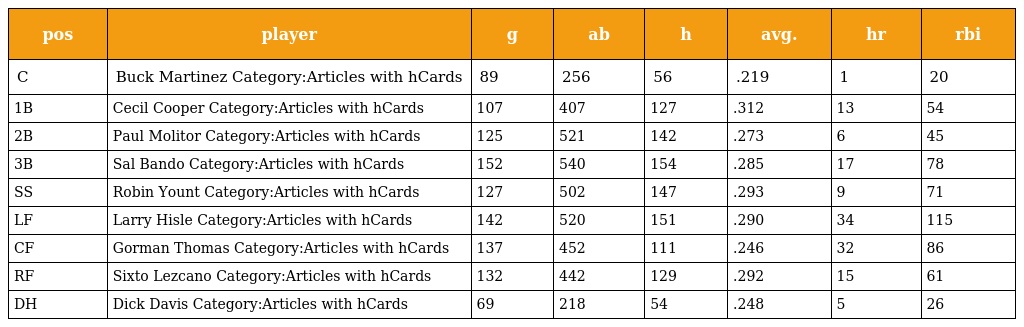
| pos | player | g | ab | h | avg. | hr | rbi |
 | --- | --- | --- | --- | --- | --- | --- | --- |
 | C | Buck Martinez Category:Articles with hCards | 89 | 256 | 56 | .219 | 1 | 20 |
 | 1B | Cecil Cooper Category:Articles with hCards | 107 | 407 | 127 | .312 | 13 | 54 |
 | 2B | Paul Molitor Category:Articles with hCards | 125 | 521 | 142 | .273 | 6 | 45 |
 | 3B | Sal Bando Category:Articles with hCards | 152 | 540 | 154 | .285 | 17 | 78 |
 | SS | Robin Yount Category:Articles with hCards | 127 | 502 | 147 | .293 | 9 | 71 |
 | LF | Larry Hisle Category:Articles with hCards | 142 | 520 | 151 | .290 | 34 | 115 |
 | CF | Gorman Thomas Category:Articles with hCards | 137 | 452 | 111 | .246 | 32 | 86 |
 | RF | Sixto Lezcano Category:Articles with hCards | 132 | 442 | 129 | .292 | 15 | 61 |
 | DH | Dick Davis Category:Articles with hCards | 69 | 218 | 54 | .248 | 5 | 26 |